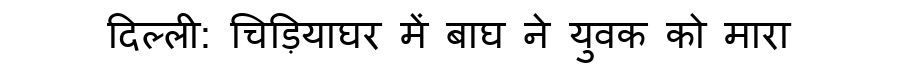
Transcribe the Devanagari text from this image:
दिल्ली: चिड़ियाघर में बाघ ने युवक को मारा